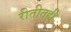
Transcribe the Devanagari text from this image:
रीतीतही